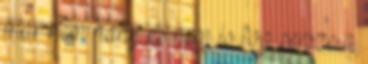
már nem hány és nem is fog persze a